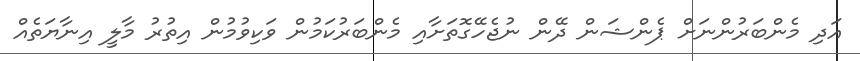
އަދި މެންބަރުންނަށް ޕެންޝަން ދޭން ނުޖެހޭގޮތަށާއި މެންބަރުކަމުން ވަކިވުމުން އިތުރު މާލީ އިނާޔަތެއް